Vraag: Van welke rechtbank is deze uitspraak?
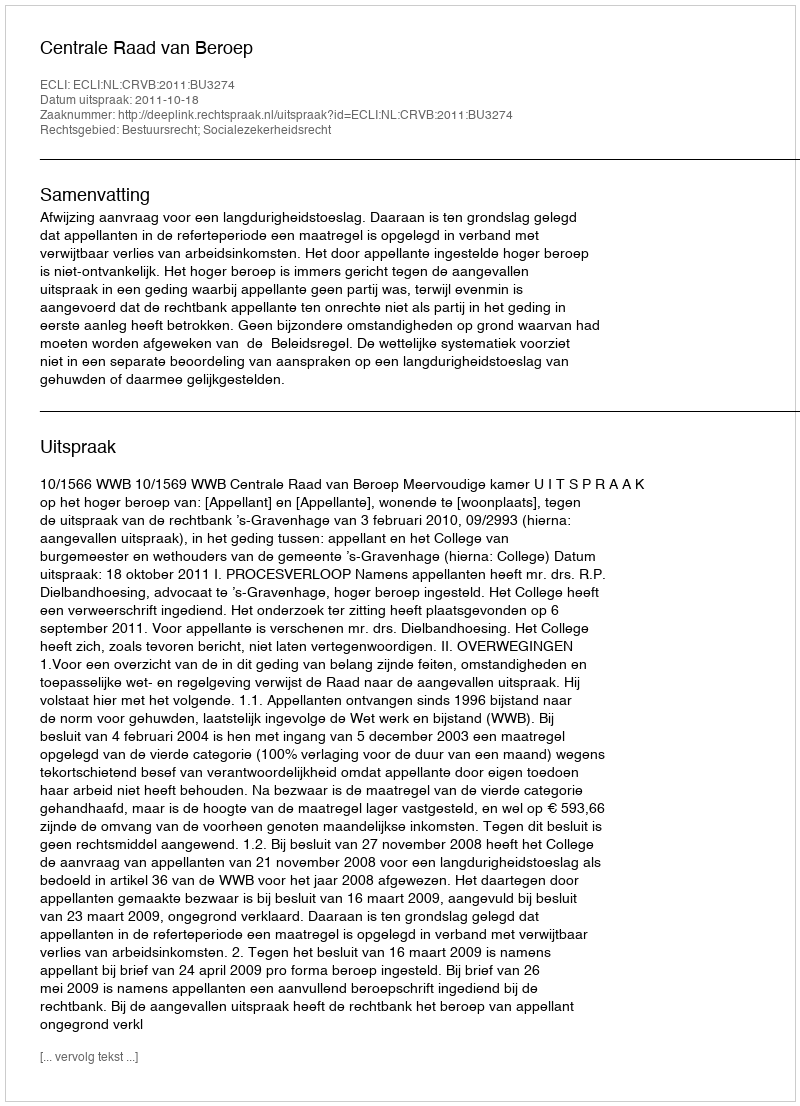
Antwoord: Centrale Raad van Beroep